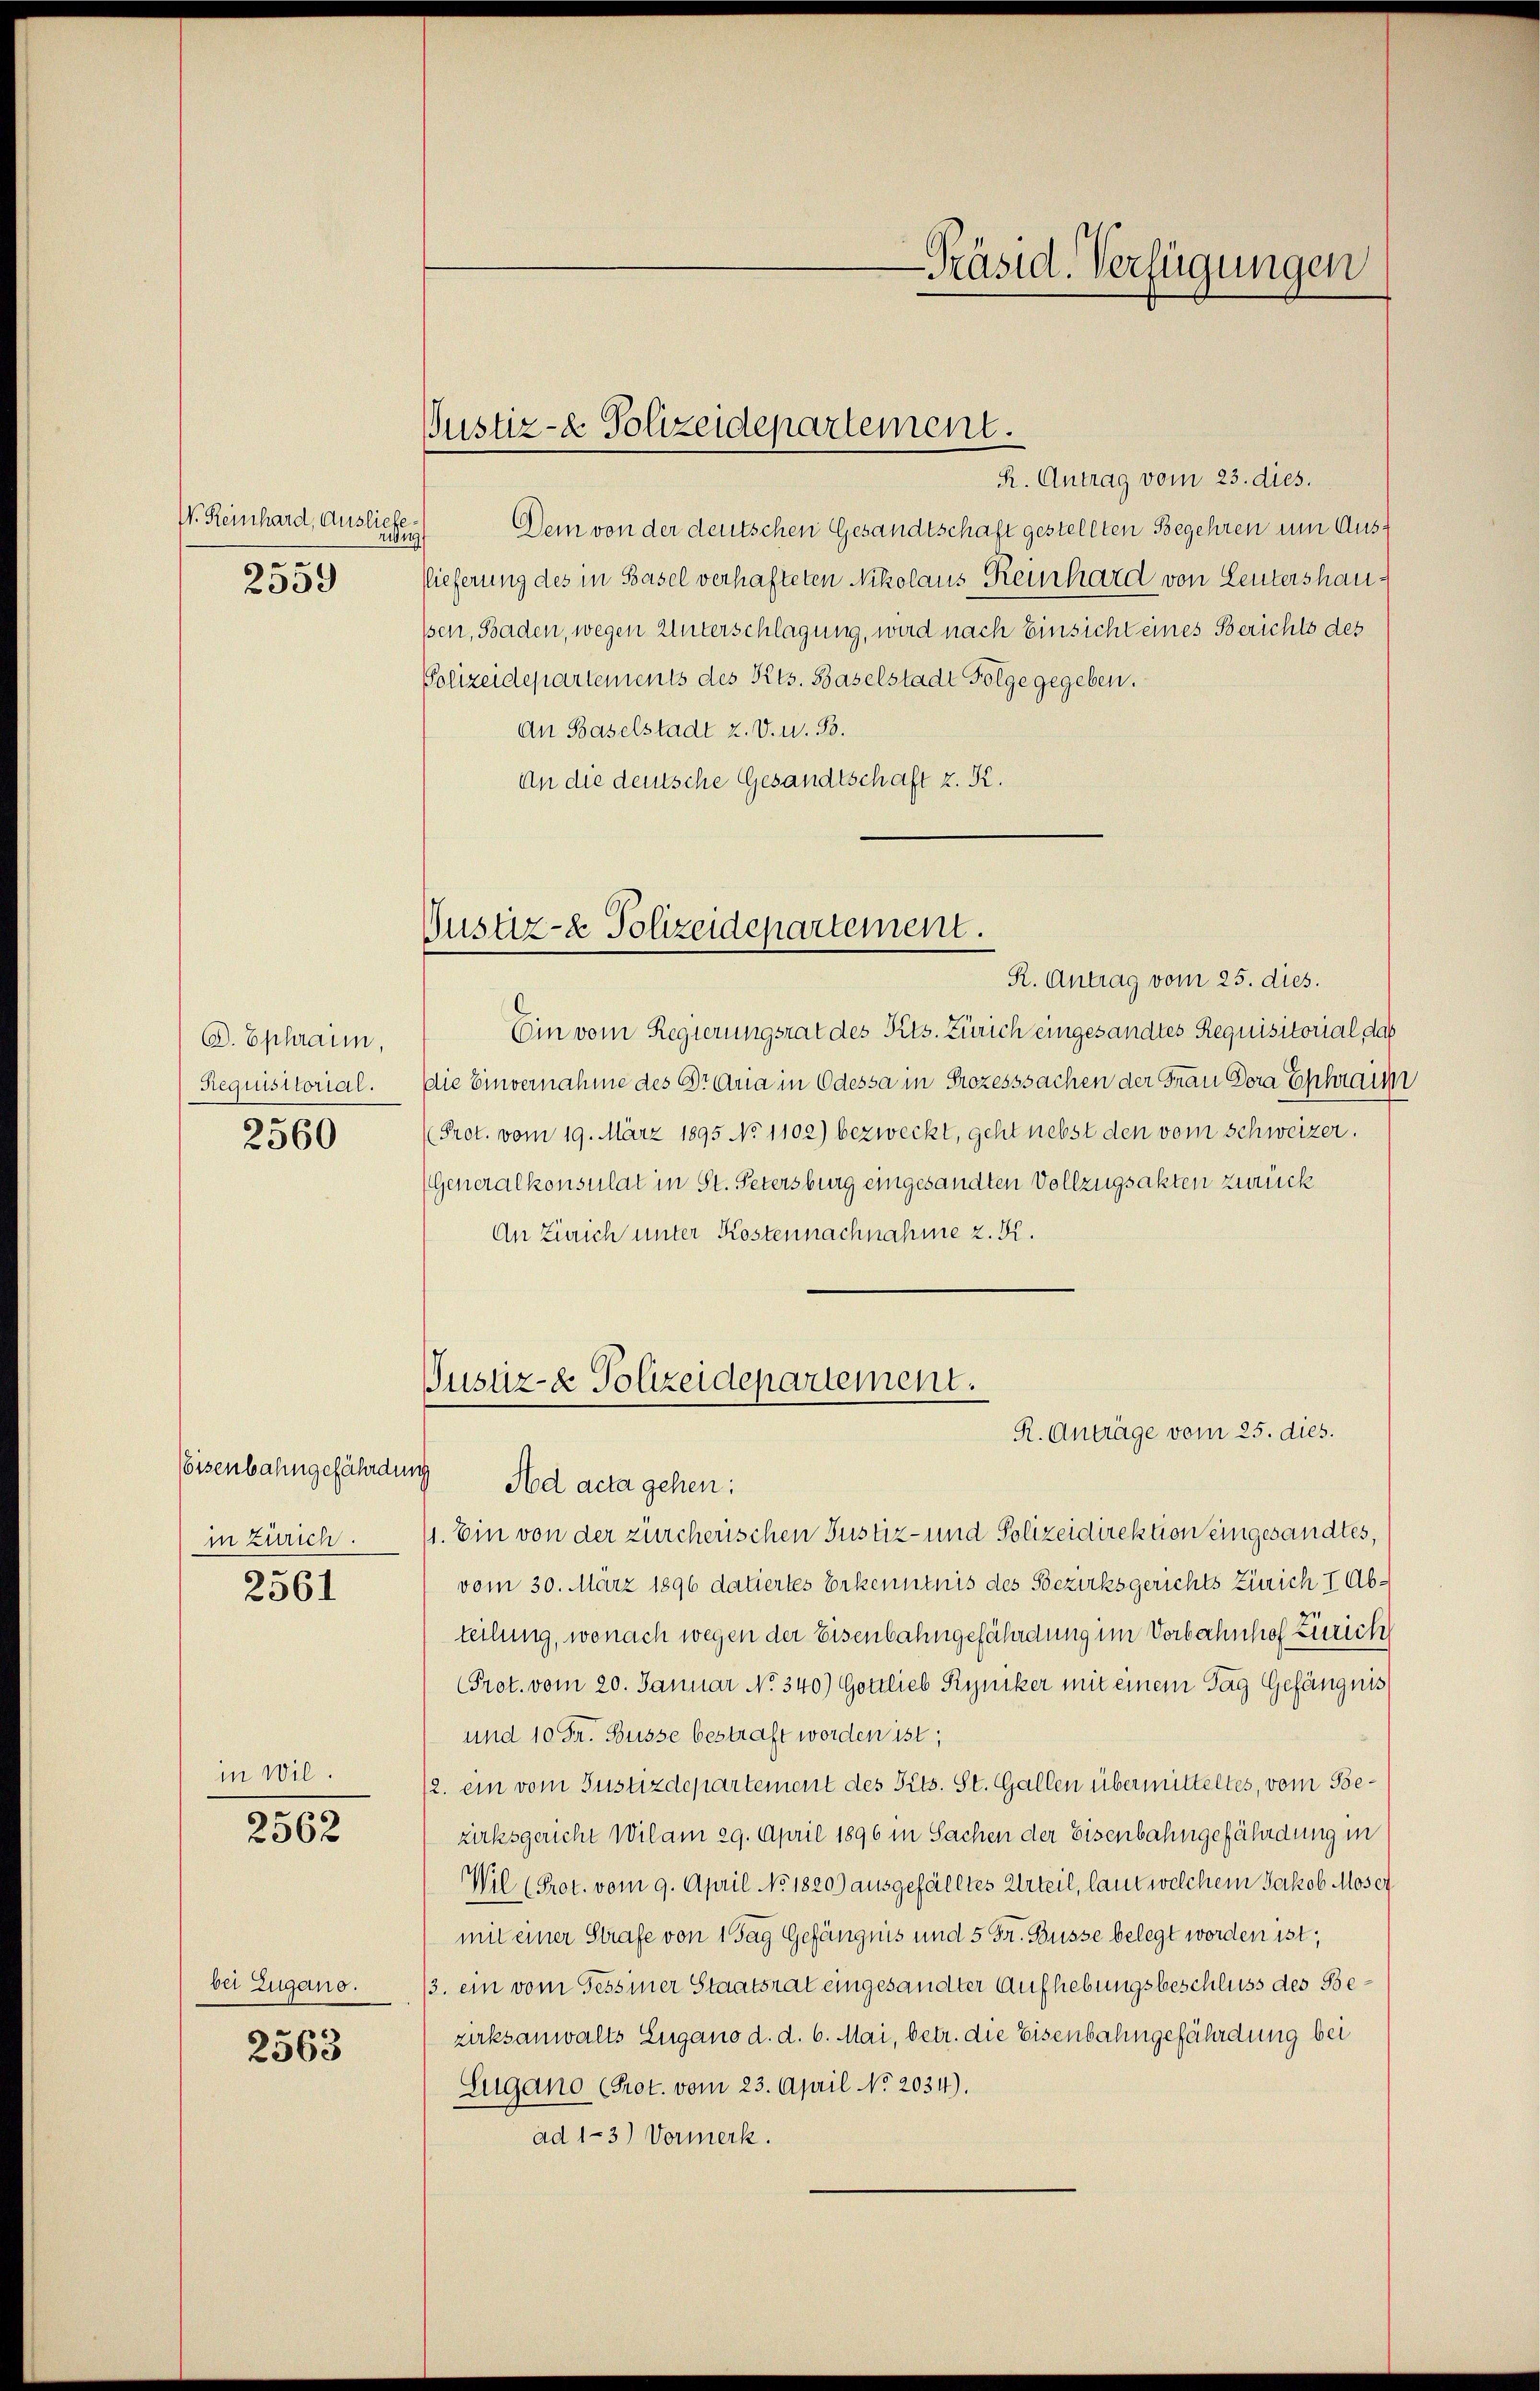
V. Reinhard, Ausliefe
Tun
2559

D. Ephraum,
Requisitorial.
2560

eisenbahngefährdung
in Zürich.
2561

in wil.

2562

bei Zugano.

2563

Justiz- & Polizeidepartement.

Nustiz- & Polizeidepartement.

-Präsid. Verfügungen
e

R. Antrag vom 23. dies.
Dein von der deutschen Gesandtschaft gestellten Begehren um Ausslieferung des in Basel verhafteten Nikolaus Reinhard von Leutershau
ssen, Baden, wegen Unterschlagung, wird nach Einsicht eines Berichts des
Polizeidepartements des Kts. Baselstadt Folge gegeben.
An Baselstadt z. V. W. B.
An die deutsche Gesandtschaft z. K.
R. Antrag vom 25. dies.
Ein vom Regierungsrat des Kts. Zürich eingesandtes Requisitorial, daß
Die Einvernahme des Dr Aria in Odessa in Prozesssachen der Frau Dora Ephrau
(Prot. vom 19. März 1895 No 1102) bezweckt, geht nebst den vom Schweizer.
(Generalkonsulat in St. Petersburg eingesandten Vollzugsakten zurück
An Zürich unter Kostennachnahme z. B.
Justiz- & Polizeidepartement.
R. Anträge vom 25. dies.
Ad acta gehen:
1. Ein von der zürcherischen Justiz- und Polizeidirektion eingesandtes,
vom 30. März 1896 datiertes Erkenntnis des Bezirksgerichts Zürich I Abteilung, wonach wegen der Eisenbahngefährdung im Vorbahnhof Zürich
Prot. vom 20. Januar No. 340) Gottlieb Ryniker mit einem Tag Gefängnis
und 10 Fr. Büsse bestraft worden ist;
/2. ein vom Justizdepartement des Pits. St. Gallen übermitteltes, vom Bezirksgericht Wil am 29. April 1896 in Sachen der Eisenbahngefährdung in
Wil (Prot. vom 9. April No. 1820) ausgefälltes Urteil, laut welchem Jakob Moser
mit einer Strafe von 1 Tag Gefängnis und 5 Fr. Büsse belegt worden ist;
/3. ein vom Tessiner Staatsrat eingesandter Aufhebungsbeschluss des Bezirksanwalts Eugano d. d. 6. Mai, betr. die Eisenbahngefährdung bei
Lugano (Prot. vom 23. April No 2034).
ad 1-3) Vormerk.